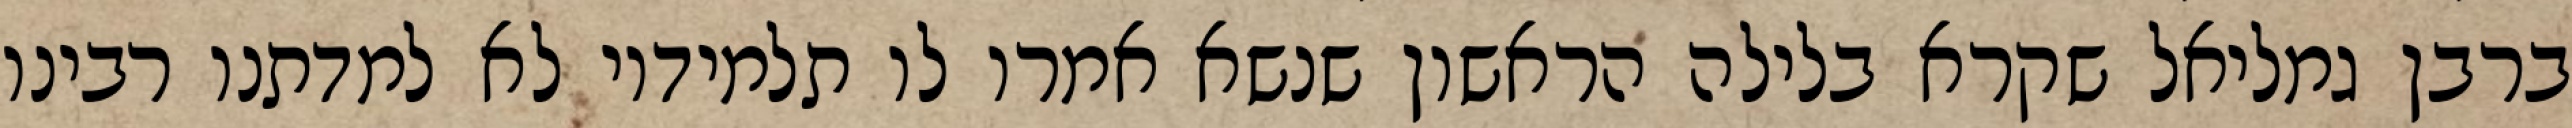
ברבן גמליאל שקרא בלילה הראשון שנשא אמרו לו תלמידיו לא למדתנו רבינו